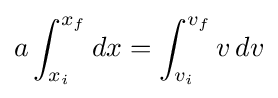
a\int _{x_{i}}^{x_{f}}dx=\int _{v_{i}}^{v_{f}}v\,dv